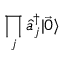
\prod _ { j } \hat { a } _ { j } ^ { \dag } | \vec { 0 } \rangle